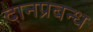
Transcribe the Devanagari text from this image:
दानप्रबन्ध